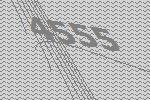
4555